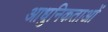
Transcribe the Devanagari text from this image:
आधुनिकताओं